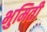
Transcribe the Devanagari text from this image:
भुमिती